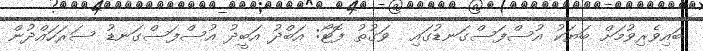
ބައިވެރިވުމަށް ބަޔަކު އުސްފަސްގަނޑުގައި  ވަގުތު ފޮޓޯ: އަބްދު އަބީދު އުސްފަސްގަނޑު ސަރަހައްދުން